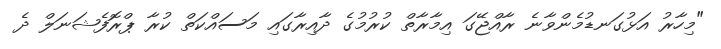
"މިހާރު އަޅުގަނޑުމެންވާނެ ރާއްޖޭގަ އިމާރާތް ކުރުމުގެ ދާއިރާގައި މަސައްކަތް ކުރާ ޕްރޮފެޝަނަލް ދެ